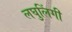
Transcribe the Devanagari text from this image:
लघुलिंगी